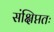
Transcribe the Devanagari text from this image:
संक्षिप्ततः